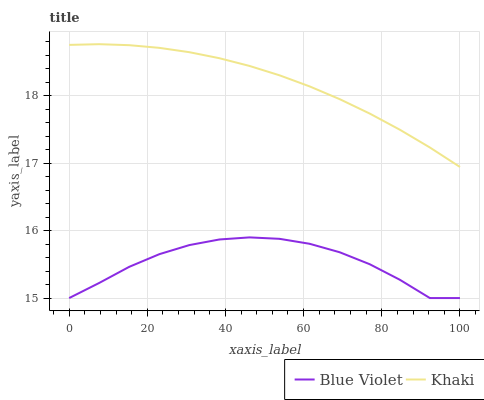
| xaxis_label | Blue Violet | Khaki |
 | --- | --- | --- |
 | 0 | 15 | 18.8 |
 | 7.69 | 15.2 | 18.8 |
 | 15.4 | 15.5 | 18.7 |
 | 23.1 | 15.7 | 18.7 |
 | 30.8 | 15.8 | 18.6 |
 | 38.5 | 15.9 | 18.6 |
 | 46.2 | 15.9 | 18.4 |
 | 53.8 | 15.9 | 18.3 |
 | 61.5 | 15.8 | 18.1 |
 | 69.2 | 15.7 | 17.9 |
 | 76.9 | 15.5 | 17.7 |
 | 84.6 | 15.3 | 17.5 |
 | 92.3 | 15 | 17.2 |
 | 100 | 15 | 16.9 |